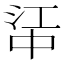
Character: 𬻶